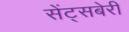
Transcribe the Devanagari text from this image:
सेंट्सबेरी